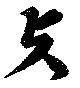
与